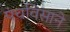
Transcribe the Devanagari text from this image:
पंचविसाने